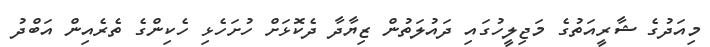
މިއަދުގެ ޝާރީއަތުގެ މަޖިލީހުގައި ދައުލަތުން ޒިޔާދާ ދެކޮޅަށް ހުށަހެޅި ހެކިންގެ ތެރެއިން އަބްދު